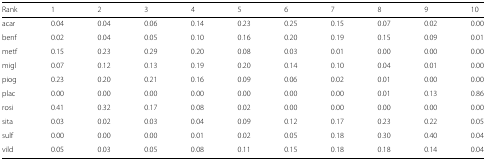
| Rank | 1 | 2 | 3 | 4 | 5 | 6 | 7 | 8 | 9 | 10 |
 | --- | --- | --- | --- | --- | --- | --- | --- | --- | --- | --- |
 | acar | 0.04 | 0.04 | 0.06 | 0.14 | 0.23 | 0.25 | 0.15 | 0.07 | 0.02 | 0.00 |
 | benf | 0.02 | 0.04 | 0.05 | 0.10 | 0.16 | 0.20 | 0.19 | 0.15 | 0.09 | 0.01 |
 | metf | 0.15 | 0.23 | 0.29 | 0.20 | 0.08 | 0.03 | 0.01 | 0.00 | 0.00 | 0.00 |
 | migl | 0.07 | 0.12 | 0.13 | 0.19 | 0.20 | 0.14 | 0.10 | 0.04 | 0.01 | 0.00 |
 | piog | 0.23 | 0.20 | 0.21 | 0.16 | 0.09 | 0.06 | 0.02 | 0.01 | 0.00 | 0.00 |
 | plac | 0.00 | 0.00 | 0.00 | 0.00 | 0.00 | 0.00 | 0.00 | 0.01 | 0.13 | 0.86 |
 | rosi | 0.41 | 0.32 | 0.17 | 0.08 | 0.02 | 0.00 | 0.00 | 0.00 | 0.00 | 0.00 |
 | sita | 0.03 | 0.02 | 0.03 | 0.04 | 0.09 | 0.12 | 0.17 | 0.23 | 0.22 | 0.05 |
 | sulf | 0.00 | 0.00 | 0.00 | 0.01 | 0.02 | 0.05 | 0.18 | 0.30 | 0.40 | 0.04 |
 | vild | 0.05 | 0.03 | 0.05 | 0.08 | 0.11 | 0.15 | 0.18 | 0.18 | 0.14 | 0.04 |